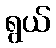
ရွယ်